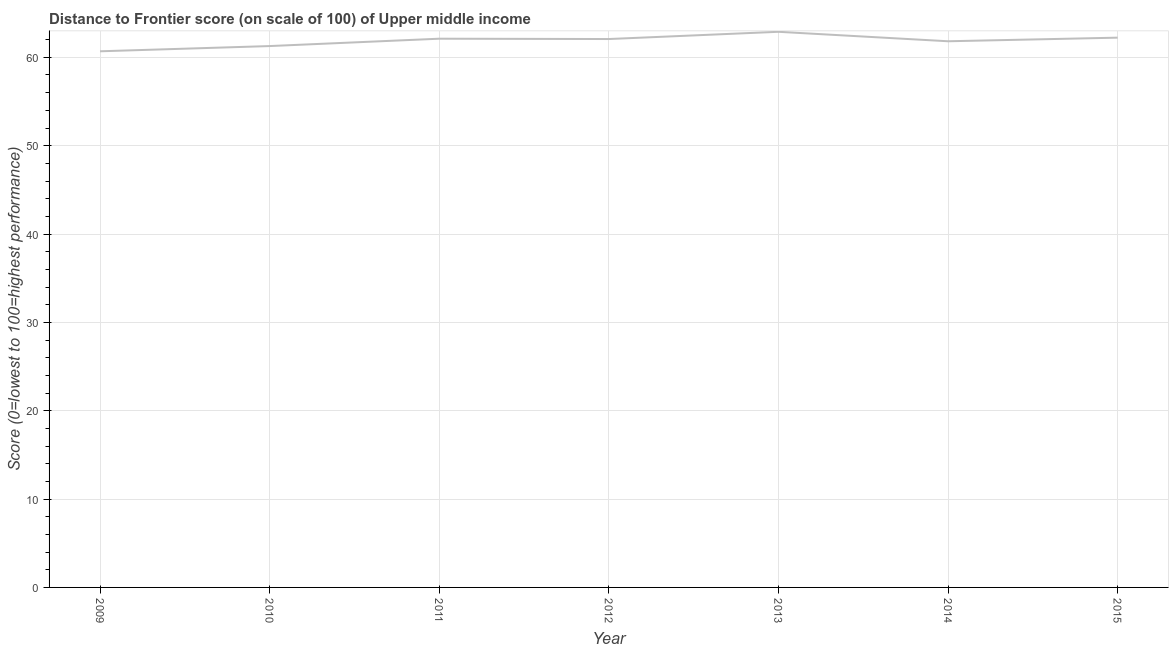
| Year | Distance to frontier score |
 | --- | --- |
 | 2009 | 60.7 |
 | 2010 | 61.3 |
 | 2011 | 62.1 |
 | 2012 | 62.1 |
 | 2013 | 62.9 |
 | 2014 | 61.8 |
 | 2015 | 62.2 |